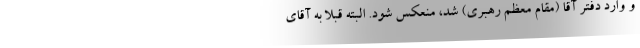
و وارد دفتر آقا (مقام معظم رهبری) شد، منعکس شود. البته قبلا به آقای